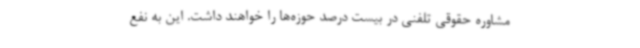
مشاوره حقوقی تلفنی در بیست درصد حوزه‌ها را خواهند داشت. این به نفع